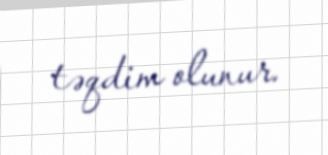
təqdim olunur.